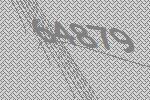
64879